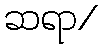
ဆရာ/